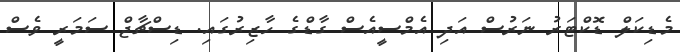
މެޑިކަލް ޑޮކްޓަރު ނަރުސް އަދި އެމްސީއެސް ގާޑްގެ ހާޒިރުގައި. ޑިސްޗާޖް ސަމަރީ ވެސް